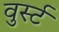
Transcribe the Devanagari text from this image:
वुर्स्ट